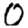
Digit: 0